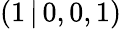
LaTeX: (1\, |\, 0,0,1)